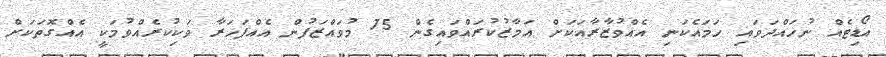
އޯޑިޓެއް ނުހައްދަވައި ހަމައެކަނި އެއްވުޒާރާއަކަށް އަމާޒުކުރައްވައިގެން 75 މުވައްޒަފުން އެއްފަހަރާ ވަކިކުރެއްވުމަކީ އެއްގޮތަކަށް